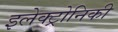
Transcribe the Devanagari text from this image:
इलेक्ट्रोनिकी